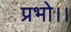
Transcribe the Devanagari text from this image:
प्रभो।।